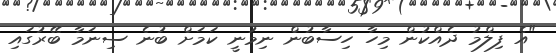
"އެ ފިލްމު ދެއްކުން މިހާ ހިސާބުން ނިމުނީ ކަމަށް ބުނެ ސިނަމާ ބޭރުގައި